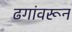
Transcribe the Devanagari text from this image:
ढगांवरून